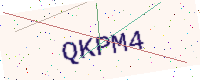
Text: QKPM4